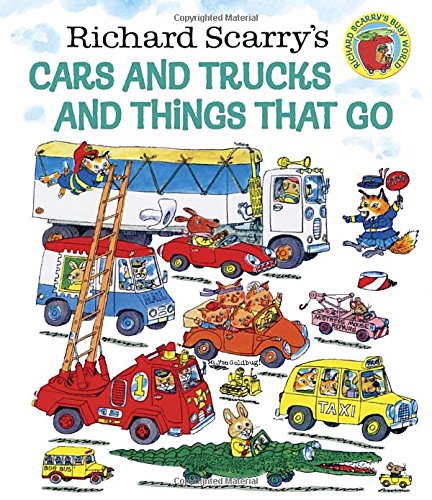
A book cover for Richard Scarry's Cars and Trucks and Things That Go; Richard Scarry; Children's Books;